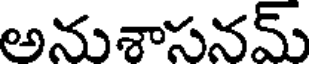
అనుశాసనమ్